Kures,_Voldemar, lk 12
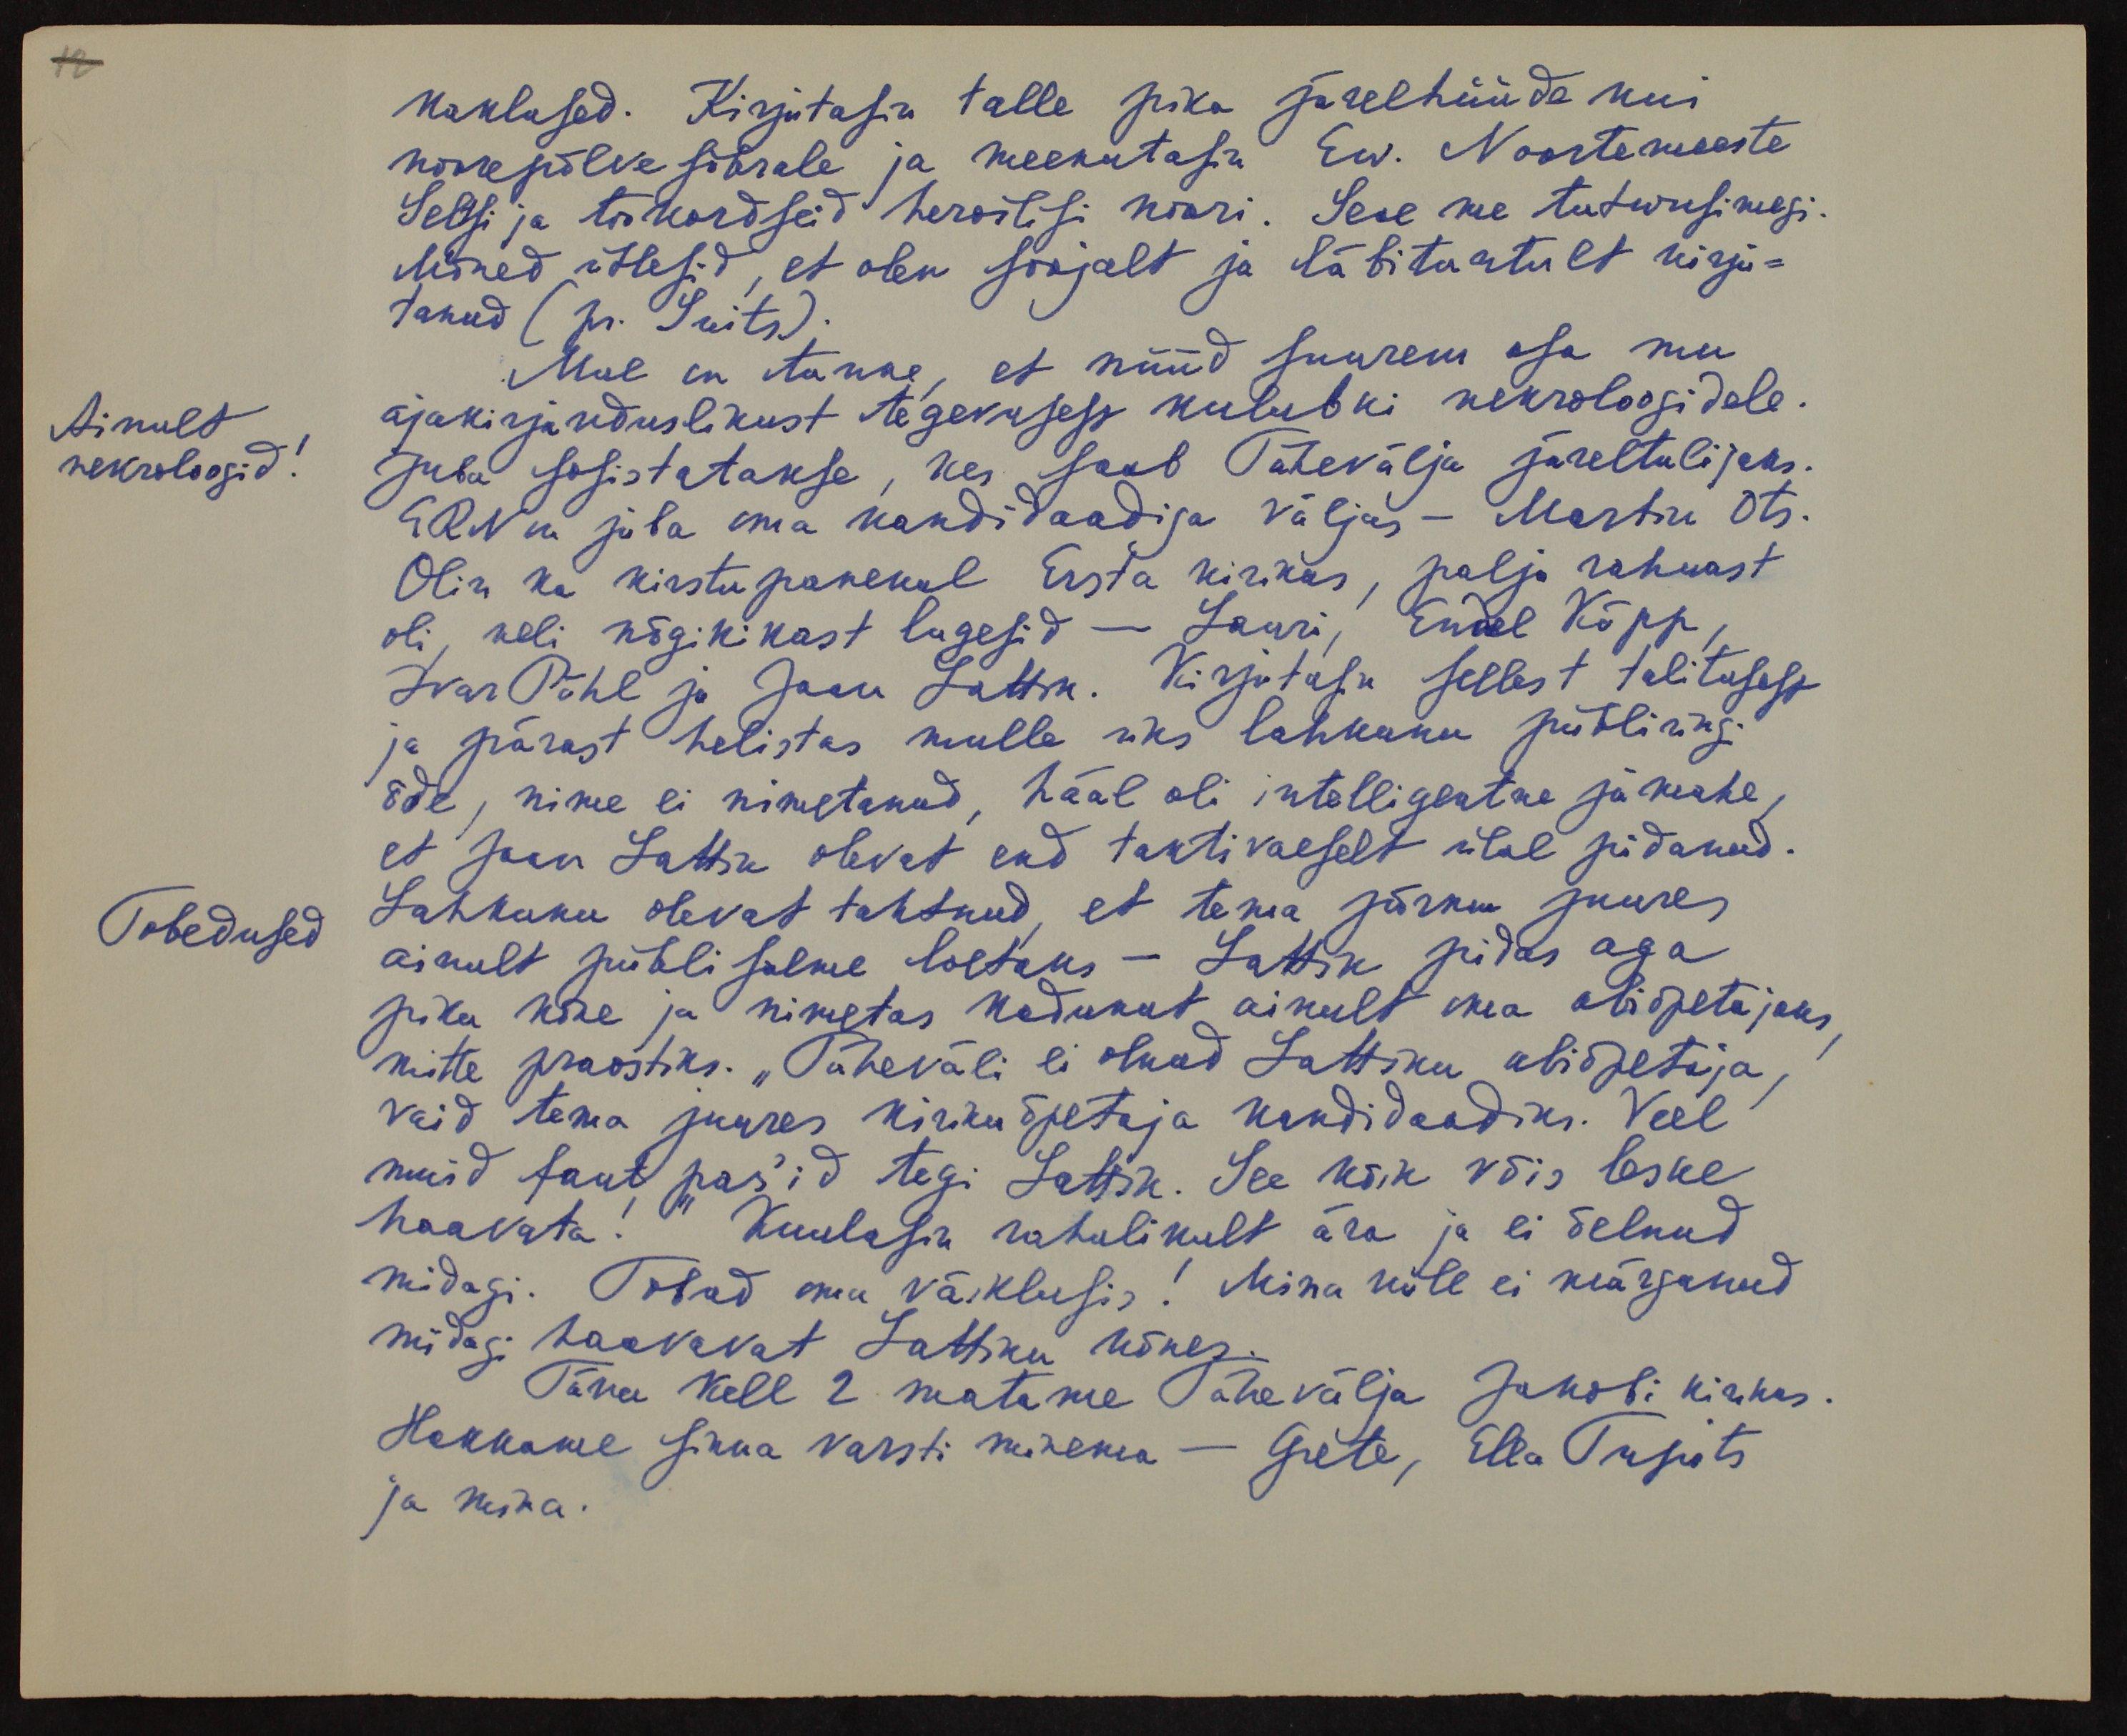
kaklused. Kirjutasin talle pika järelhüüde kui
noorepõlve sõbrale ja meenutasin Ew. Noortemeeste
Seltsi ja tookordseid heroilisi noori. Seal me tutwusimegi.
Mõned ütlesid, et olen soojalt ja läbituntult kirju-
tanud (pr. Suits).
Mul on tunne, et nüüd suurem osa mu
Ainult
neuroloogid.
ajakirjanduslikust tegevusest kulubki neuroloogidele.
Juba sosistatakse, kes saab Tähevälja järeltulijaks.
ERN on juba oma kandidaadiga väljas - Martin Ots.
Olin ka kirstu panekul Ersta kirikus, palju rahwast
oli, neli nõgikikast lugesid - Lauri, Endel Kõpp,
Ivar Pöhl ja Jaan Lattik. Kirjutasin sellest talitusest
ja pärast helistas mulle üks lahkunu piibli ringi
õde, nime ei nimetanud, hääl oli intelligentne ja keahe,
et Jaan Lattik olevat end taktivaeselt ülal pidanud.
Tobedused
Lahkunu olevat tahtnud, et tema põrmu juures
ainult piibli salme loetaks - Lattik pidas aga
pika kõne ja nimetas kadunut ainult oma abiõpetajaks
mitte praostiks. "Täheväli ei olnud Lattiku abiõpetaja,
vaid tema juures kirikuõpetaja kandidaadiks. Veel
muid faut pas'id tegi Lattik. See kõik võis leske
haavata!" Kuulasin rahulikult ära ja ei öelnud
midagi. Tohad oma väiklusi! Mina küll ei märganud
midagi haavavat Lattiku kõnes.
Täna kell 2 matame Tähevälja Jakobi kirikus.
Hakkame sinna varsti minema - Grete, Ella Tupits
ja mina.